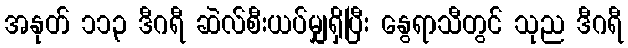
အနုတ် ၁၁၃ ဒီဂရီ ဆဲလ်စီးယပ်မျှရှိပြီး နွေရာသီတွင် သုည ဒီဂရီ